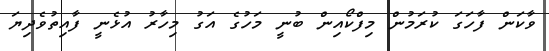
ވާކަން ފާހަގަ ކުރަމުން މިފްކޯއިން ބުނީ މަހުގެ އަގު މިހާރު އުޅެނީ ފާއިތުވެދިޔަ